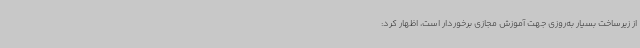
از زیرساخت بسیار به‌روزی جهت آموزش مجازی برخوردار است، اظهار کرد: